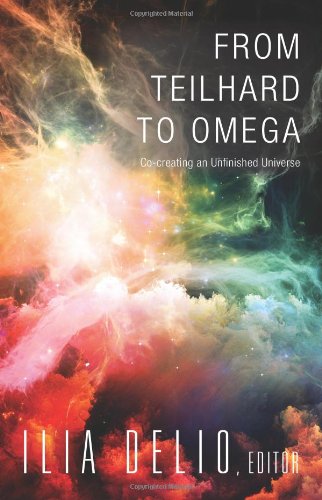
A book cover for From Teilhard to Omega: Co-creating an Unfinished Universe; Ilia Delio; Christian Books & Bibles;